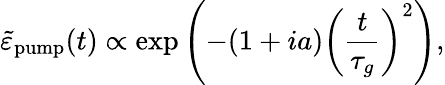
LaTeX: \tilde{\varepsilon}_{\mathrm{pump}}(t)\propto\exp{\left(-(1+ia)\left(\frac{t}{\tau_{g}}\right)^{2}\right)},